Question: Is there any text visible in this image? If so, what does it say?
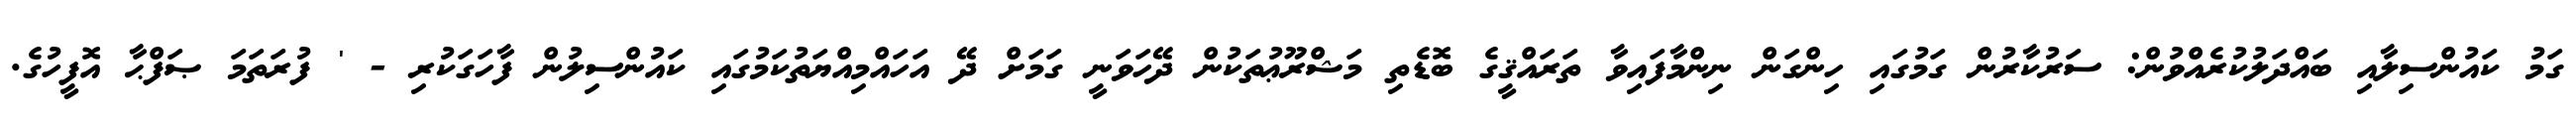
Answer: ގަމު ކައުންސިލާއި ބައްދަލުކުރެއްވުން: ސަރުކާރުން ގަމުގައި ހިންގަން ނިންމާފައިވާ ތަރައްޤީގެ ބޮޑެތި މަޝްރޫޢުތަކުން ދޭހަވަނީ ގަމަށް ދޭ އަހައްމިއްޔަތުކަމުގައި ކައުންސިލުން ފާހަގަކުރި - ' ފުރަތަމަ ޞަފްޙާ އޮފީހުގެ.